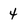
Character: 4